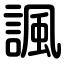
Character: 諷